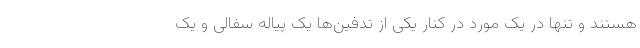
هستند و تنها در یک مورد در کنار یکی از تدفین‌ها یک پیاله سفالی و یک